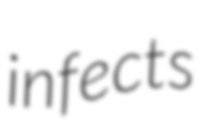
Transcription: infects